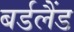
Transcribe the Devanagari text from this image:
बर्डलैंड